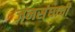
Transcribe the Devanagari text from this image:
जनस्ंघाची